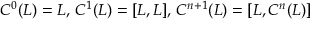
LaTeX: C ^ { 0 } ( L ) = L , \, C ^ { 1 } ( L ) = [ L , L ] , \, C ^ { n + 1 } ( L ) = [ L , C ^ { n } ( L ) ]